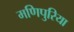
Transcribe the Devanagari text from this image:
मणिपुरिया